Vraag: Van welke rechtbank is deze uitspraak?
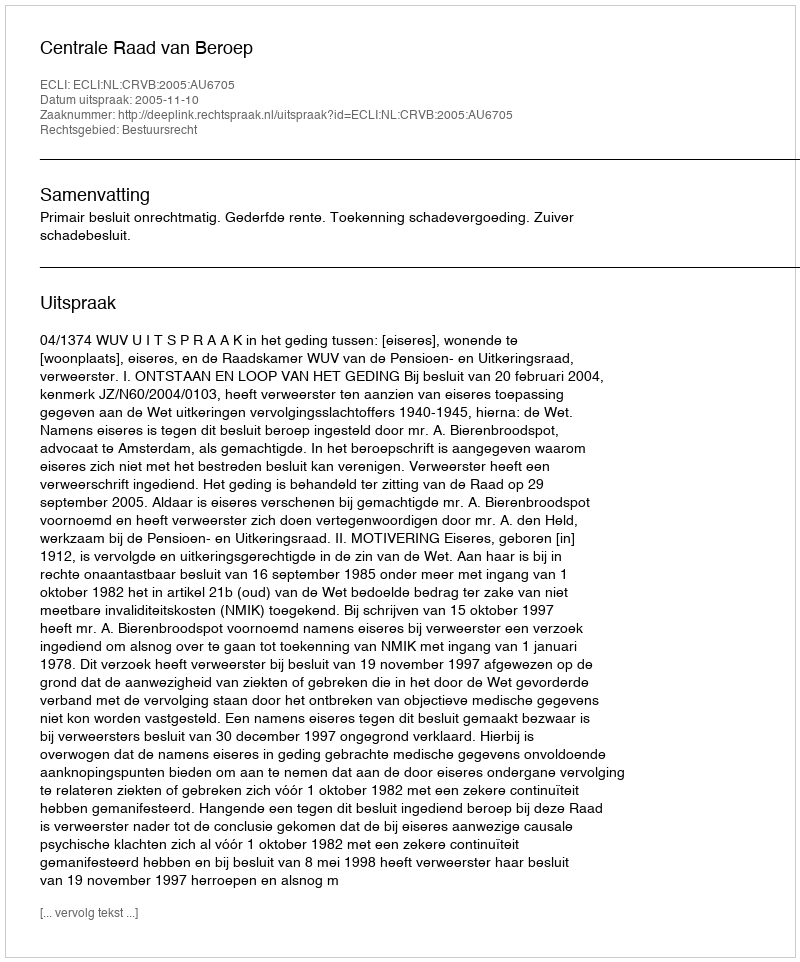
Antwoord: Centrale Raad van Beroep